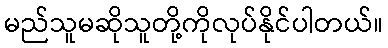
မည်သူမဆိုသူတို့ကိုလုပ်နိုင်ပါတယ်။